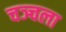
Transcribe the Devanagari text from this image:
चञ्चला